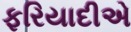
ફરિયાદીએ